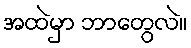
အထဲမှာ ဘာတွေလဲ။